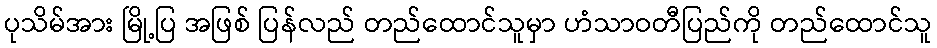
ပုသိမ်အား မြို့ပြ အဖြစ် ပြန်လည် တည်ထောင်သူမှာ ဟံသာဝတီပြည်ကို တည်ထောင်သူ